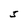
Character: 5